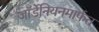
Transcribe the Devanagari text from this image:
जॉर्डेनियनमार्फत